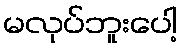
မလုပ်ဘူးပေါ့